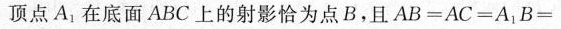
顶点A_{1}在底面ABC上的射影恰为点B.且$$A B = A C = A _ { 1 } B =